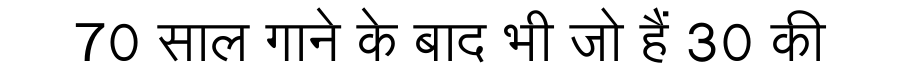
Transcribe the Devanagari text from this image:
70 साल गाने के बाद भी जो हैं 30 की